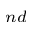
^ { n d }